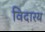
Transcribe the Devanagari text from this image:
विदारय